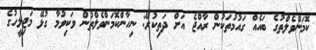
ކޮމަންވެލްތުގެ ބައެއް ގައުމުތަކުން ރާއްޖެ އަށް ދަތިކުރޭ: ނިހާންކޮމަންވެލްތުން ވަކިވުމާ ގުޅޭ މަޖިލީހުގެ